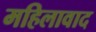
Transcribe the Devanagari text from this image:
महिलावाद